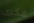
فكرى